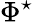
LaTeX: \Phi^{\star}